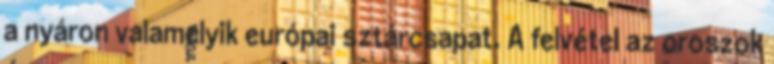
a nyáron valamelyik európai sztárcsapat. A felvétel az oroszok